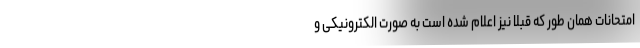
امتحانات همان طور که قبلاً نیز اعلام شده است به صورت الکترونیکی و